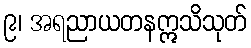
၉၊ အရညာယတနဣသိသုတ်